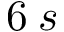
6 \: s